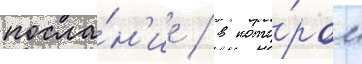
посла́н'ие / в кото́ром